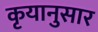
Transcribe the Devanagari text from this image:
कृयानुसार